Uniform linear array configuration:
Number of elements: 12
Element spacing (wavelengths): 0.75
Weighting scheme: hann
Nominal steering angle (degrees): -15
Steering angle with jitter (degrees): -14.72
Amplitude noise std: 0.05
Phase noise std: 0.05

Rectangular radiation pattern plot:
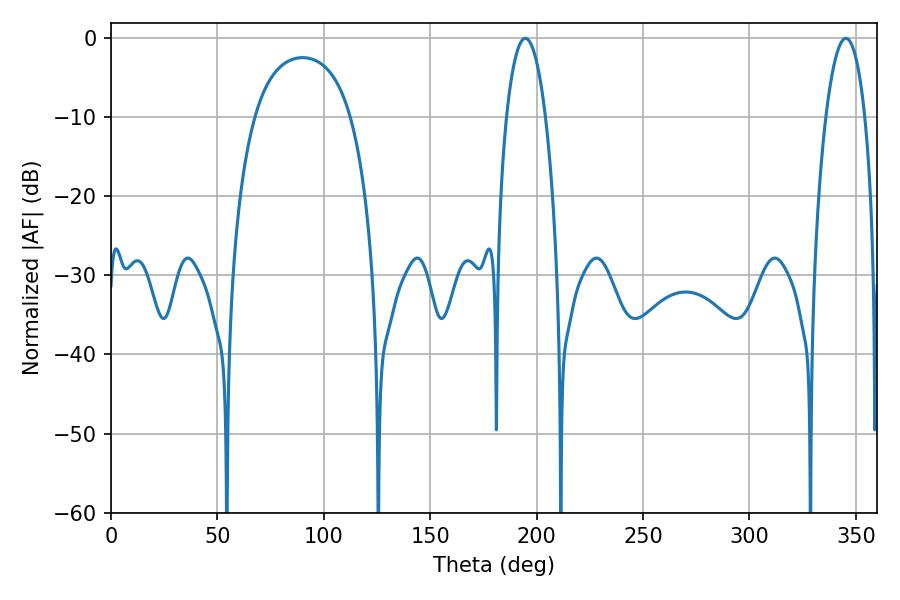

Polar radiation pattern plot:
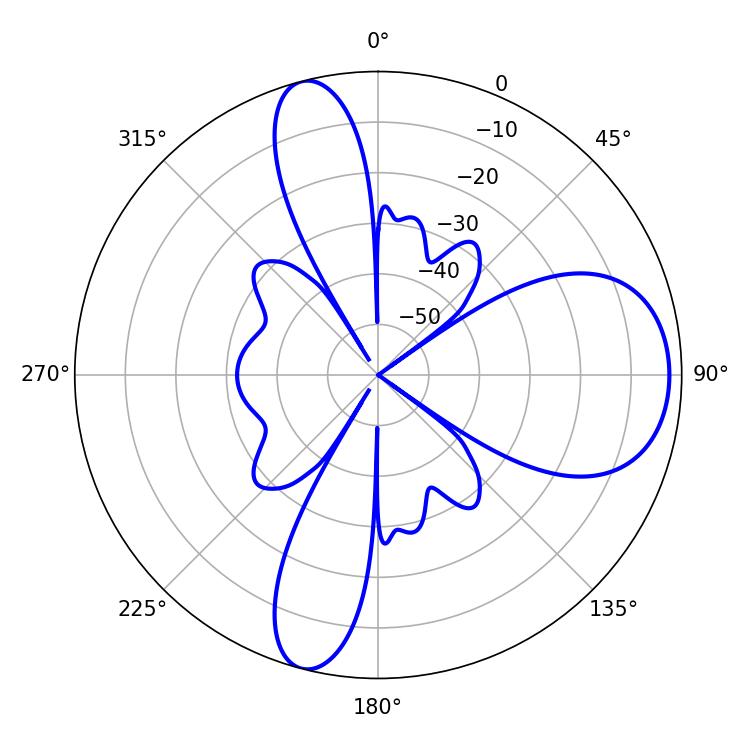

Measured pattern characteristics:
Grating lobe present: TRUE
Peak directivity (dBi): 9.792
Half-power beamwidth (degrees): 10.26
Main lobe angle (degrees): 194.76